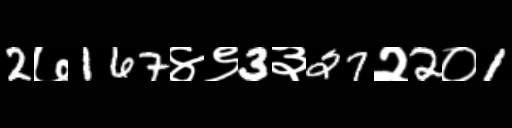
Text: 2७167४९3३27२2०1